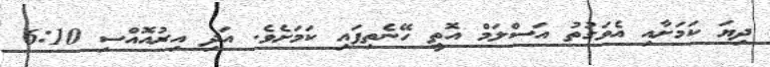
ދިޔަ ކަމަށާއި އެވަގުތު އަސްލަމް އޮތީ ހޭނެތިފައި ކަމަށެވެ. އަދި އިރުއޮއްސި 6:10